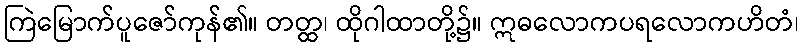
ကြဲမြောက်ပူဇော်ကုန်၏။ တတ္ထ၊ ထိုဂါထာတို့၌။ ဣဓလောကပရလောကဟိတံ၊